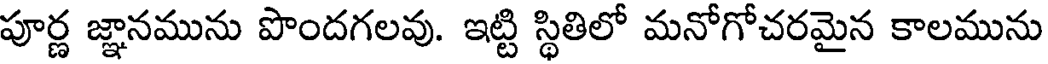
పూర్ణ జ్ఞానమును పొందగలవు. ఇట్టి స్థితిలో మనోగోచరమైన కాలమును